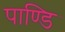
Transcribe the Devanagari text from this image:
पाण्डि